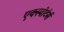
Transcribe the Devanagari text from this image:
एक्स्पोर्टर्स